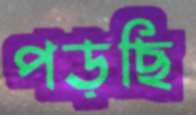
পড়ছি